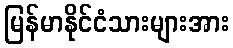
မြန်မာနိုင်ငံသားများအား